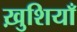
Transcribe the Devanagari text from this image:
ख़ुशियाँ